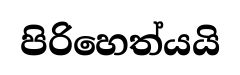
පිරිහෙත්යයි